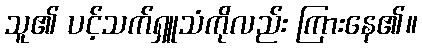
သူ၏ ပင့်သက်ရှူသံကိုလည်း ကြားနေ၏။